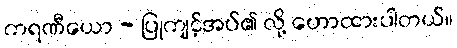
ကရဏီယော - ပြုကျင့်အပ်၏ လို့ ဟောထားပါတယ်။